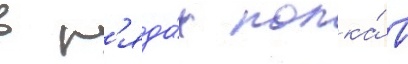
в р'яда́х полка́ в